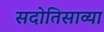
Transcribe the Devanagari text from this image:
सदोतिसाव्या